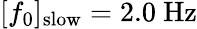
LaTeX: [f_{0}]_{\mathrm{slow}}=2.0\ \mathrm{Hz}